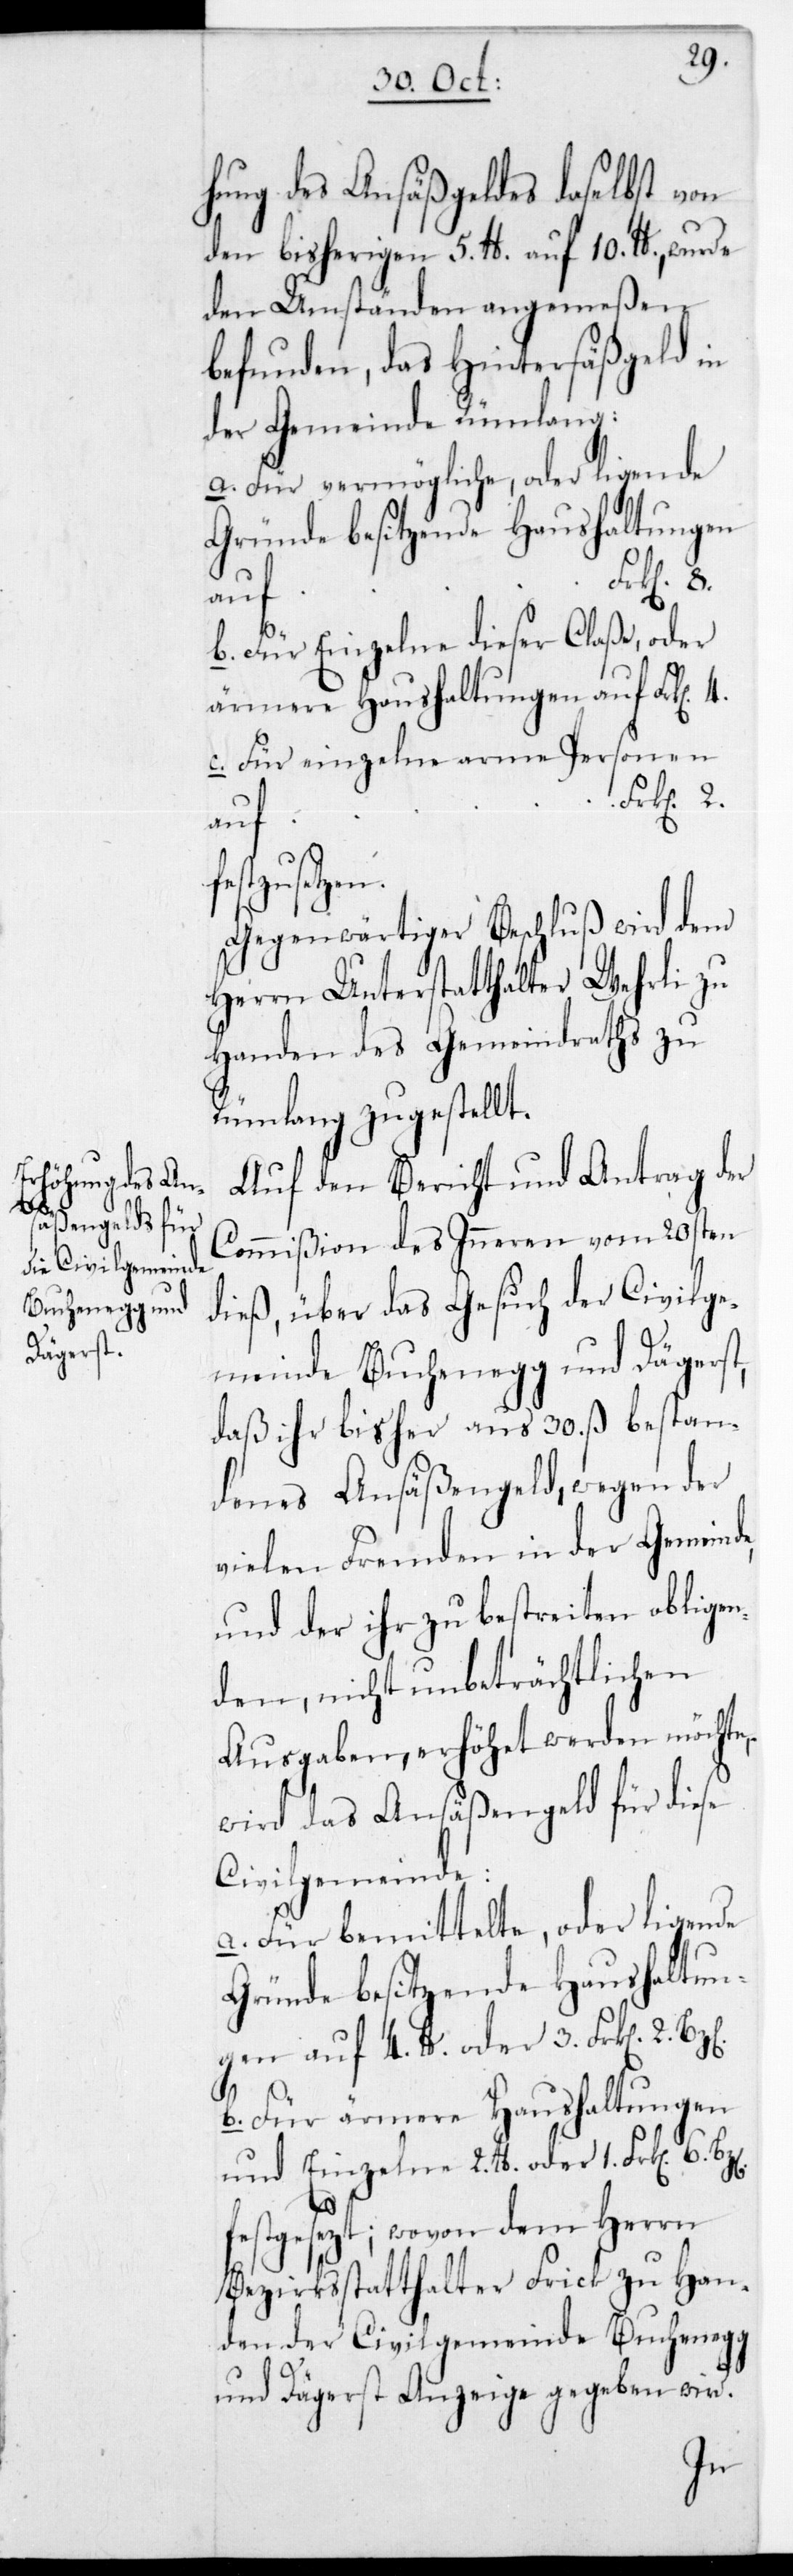
8.

hung des Ansäßengeldes daselbst von
den bisherigen 5. lb auf 10. lb, wurde
den Umständen angemeßen
befunden, das Hintersäßgeld in
der Gemeinde Rümlang:
a. Für vermögliche, oder ligende
Gründe besitzende Haushaltungen
Frk[en].
f¬
b. Für einzelne dieser Claße oder
ärmere Haushaltungen auf Frk[en].
c. Für einzelne arme Personen
auf
estzusetzen.
Gegenwärtiger Beschluß wird dem
Herrn Unterstatthalter Wehrli zu
Handen des Gemeindraths zu
Rümlang zugestellt.
Auf den Bericht und Antrag der
Commißion des Inneren vom 20sten
dieß, über das Gesuch der Civilge¬
meinde Buchenegg und Dägerst,
daß ihr bisher aus 30. ß bestan¬
denes Ansäßengeld, wegen der
vielen Fremden in der Gemeind¬
und der ihr zu bestreiten obliege¬
nden, nicht unbeträchtlichen
Ausgaben, erhöhet werden möchte,
wird das Ansäßengeld für diese
Civilgemeinde:
a. Für bemittelte, oder ligende
Gründe besitzende Haushaltun¬
gen auf 4. lb oder 3. Frk[en]. 2.
b. Für ärmere Haushaltungen
und Einzelne 2. lb oder 1. Frk[en]. 6.
4.
festgesetzt; wovon dem Herrn
Bezirksstatthalter Frick zu Han¬
den der Civilgemeinde Buchenegg
und Dägerst Anzeige gegeben wird.
e,